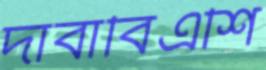
দাবাবিএশি